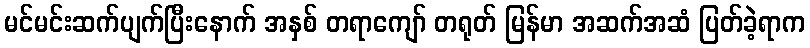
မင်မင်းဆက်ပျက်ပြီးနောက် အနှစ် တရာကျော် တရုတ် မြန်မာ အဆက်အဆံ ပြတ်ခဲ့ရာက